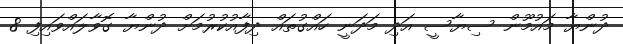
ދުންޔާ މައުމޫން ސިޔާސީ އަދި މަދަނީ ހައްގުތައް ދިފާއުކުރުމަށް ދުންޔާ ގޮވާލައްވައިފި 8